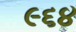
૯૬૪